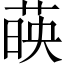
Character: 𦴤